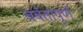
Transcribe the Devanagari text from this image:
बर्बतापूर्ण